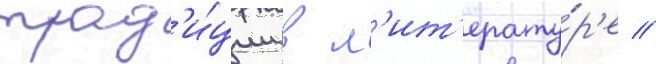
трад'и́ции в л'ит'ерату́р'е //